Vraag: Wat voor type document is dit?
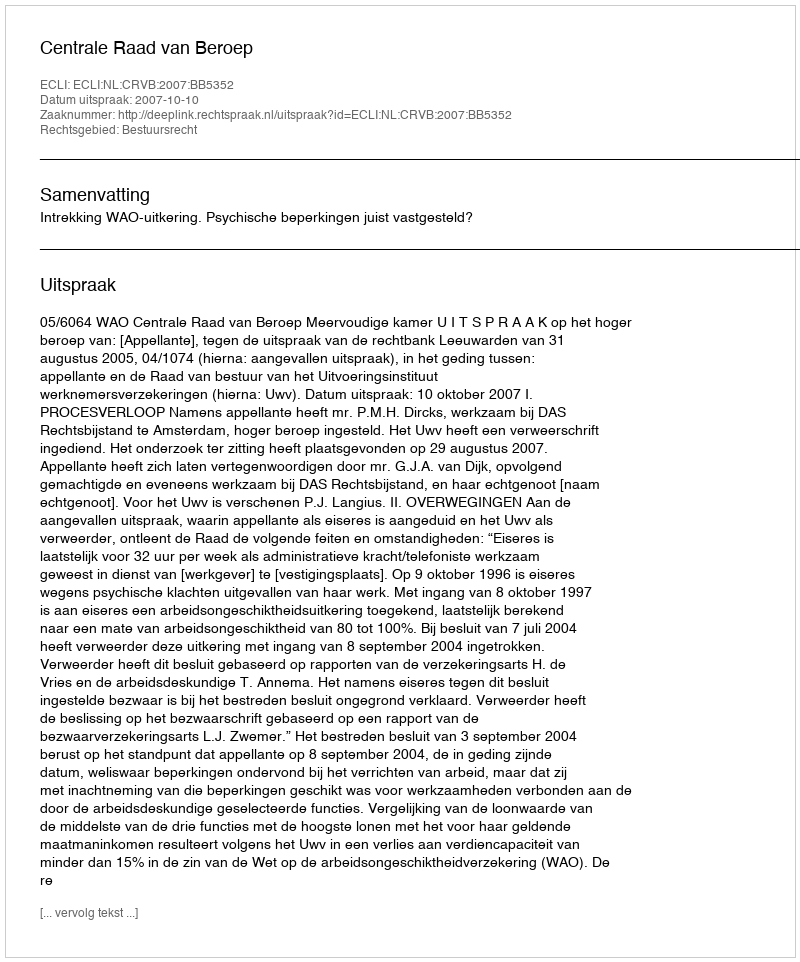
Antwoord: Uitspraak